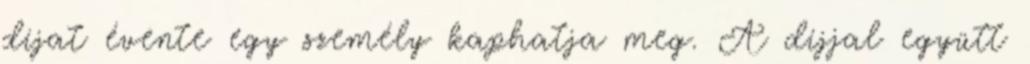
díjat évente egy személy kaphatja meg. A díjjal együtt